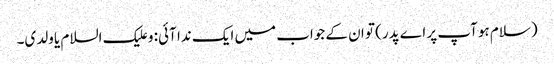
(سلام ہو آپ پر اے پدر) تو ان کے جواب میں ایک ندا آئی: و علیک السلام یا ولدی۔